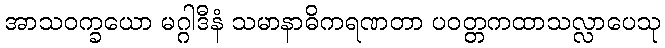
အာသဝက္ခယော မဂ္ဂါဒီနံ သမာနာဓိကရဏတာ ပဝတ္တကထာသလ္လာပေသု